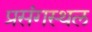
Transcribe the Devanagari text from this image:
प्रसंगस्थल